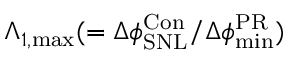
\Lambda _ { 1 , \mathrm { { m a x } } } ( = \Delta \phi _ { \mathrm { { S N L } } } ^ { \mathrm { { C o n } } } / \Delta \phi _ { \mathrm { { m i n } } } ^ { \mathrm { { P R } } } )